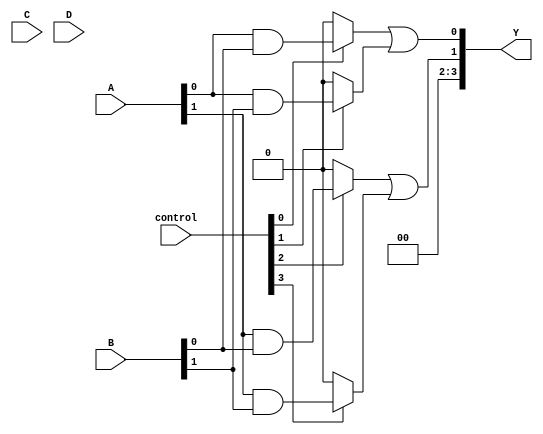
module programmable_logic_array (
    input wire [3:0] A,      // 4 input signals
    input wire [3:0] B,      // 4 input signals
    input wire [3:0] C,      // 4 input signals
    input wire [3:0] D,      // 4 input signals
    input wire [3:0] control, // Control signals for programmability
    output wire [3:0] Y      // 4 output signals
);

// AND Plane
wire [15:0] and_out; // Assuming 16 product terms (4 inputs, 4 combinations)

// Generate product terms based on control signals
assign and_out[0]  = control[0] ? (A[0] & B[0]) : 0;
assign and_out[1]  = control[1] ? (A[0] & B[1]) : 0;
assign and_out[2]  = control[2] ? (A[1] & B[0]) : 0;
assign and_out[3]  = control[3] ? (A[1] & B[1]) : 0;
assign and_out[4]  = control[4] ? (A[2] & B[2]) : 0;
assign and_out[5]  = control[5] ? (A[2] & B[3]) : 0;
assign and_out[6]  = control[6] ? (A[3] & B[2]) : 0;
assign and_out[7]  = control[7] ? (A[3] & B[3]) : 0;
// Additional product terms can be added as needed

// OR Plane
assign Y[0] = and_out[0] | and_out[1]; // Output Y0
assign Y[1] = and_out[2] | and_out[3]; // Output Y1
assign Y[2] = and_out[4] | and_out[5]; // Output Y2
assign Y[3] = and_out[6] | and_out[7]; // Output Y3
// Additional outputs can be added as needed

endmodule